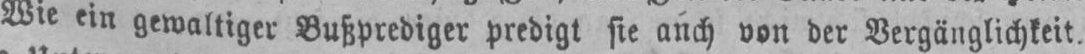
Wie ein gewaltiger Bußprediger predigt sie auch von der Vergänglichkeit,